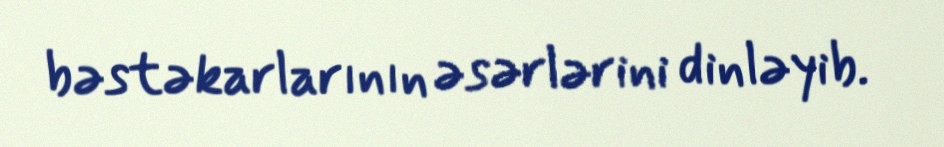
bəstəkarlarının əsərlərini dinləyib.